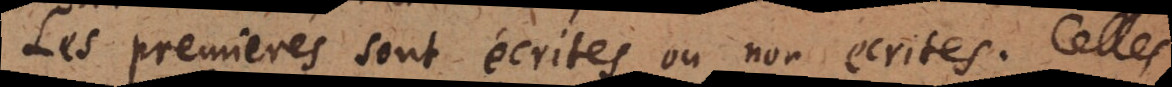
Les premieres sont écrites ou non ecrites. Celle